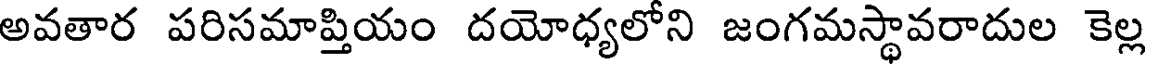
అవతార పరిసమాప్తియం దయోధ్యలోని జంగమస్థావరాదుల కెల్ల